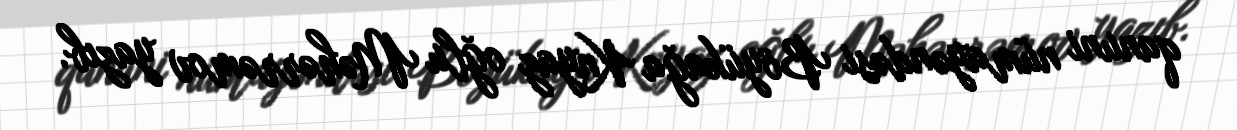
qanuni nümayəndəsi Böyükağa Knyaz oğlu Məhərrəmov yazıb.